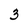
Character: 3